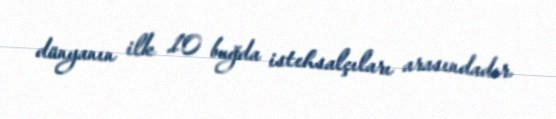
dünyanın ilk 10 buğda istehsalçıları arasındadır.